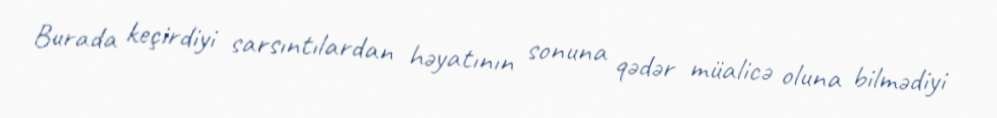
Burada keçirdiyi sarsıntılardan həyatının sonuna qədər müalicə oluna bilmədiyi